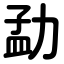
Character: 勐